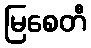
မြစေတီ